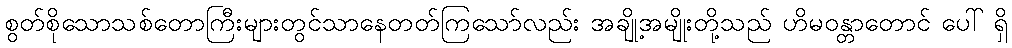
စွတ်စိုသောသစ်တောကြီးများတွင်သာနေတတ်ကြသော်လည်း အချို့အမျိုးတို့သည် ဟိမဝန္တာတောင် ပေါ် ရှိ